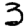
Digit: 3